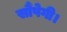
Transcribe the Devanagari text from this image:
सौंपेगी।